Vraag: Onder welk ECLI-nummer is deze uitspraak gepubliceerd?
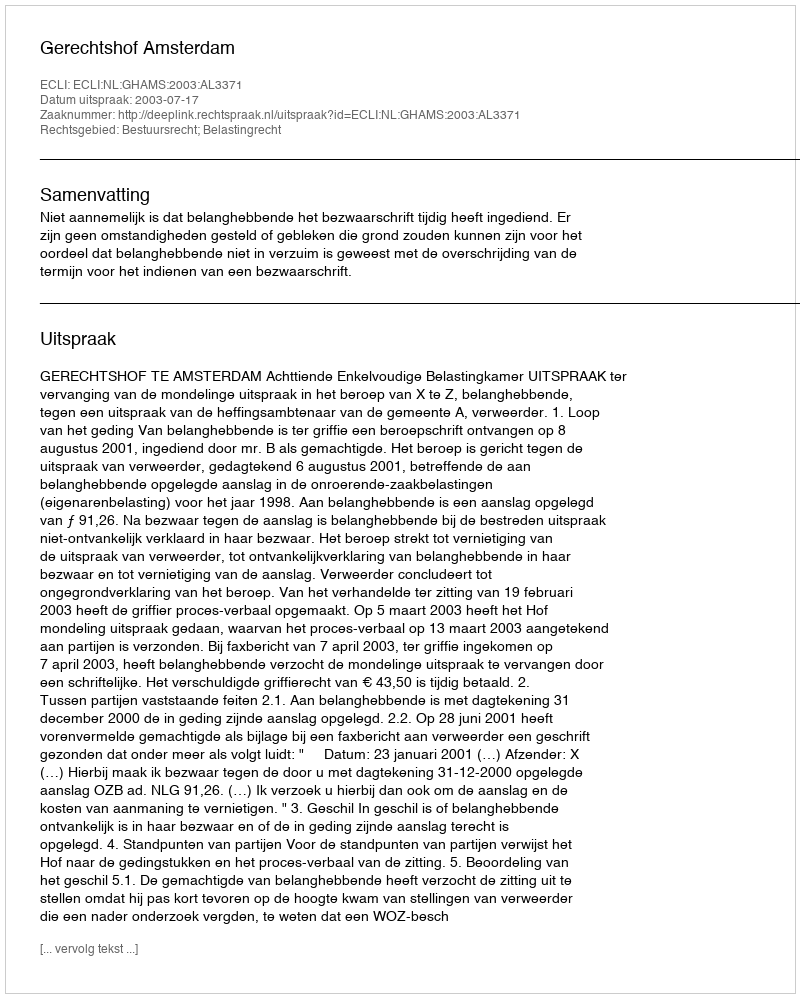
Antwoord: ECLI:NL:GHAMS:2003:AL3371